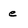
Character: e